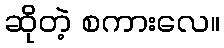
ဆိုတဲ့ စကားလေ။